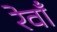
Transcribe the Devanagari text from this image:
रेवाँ